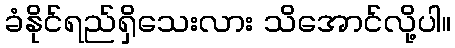
ခံနိုင်ရည်ရှိသေးလား သိအောင်လို့ပါ။